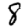
Digit: 8